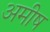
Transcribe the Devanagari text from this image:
अमीष